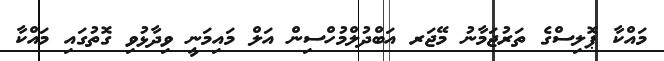
މައްކާ ޕޮލިސްގެ ތަރުޖަމާނު މޭޖަރ އަބްދުލްމުހްސިން އަލް މައިމަނީ ވިދާޅުވި ގޮތުގައި މައްކާ